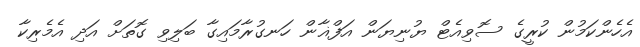
އެހެންކަމުން ކުރީގެ ސޮވިއެޓް ޔުނިޔަން އަފްޣާން ހަނގުރާމައިގާ ބަލިވި ގޮތަށް އަދި އެމެރިކާ